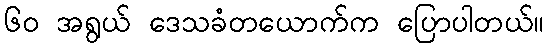
၆၀ အရွယ် ဒေသခံတယောက်က ပြောပါတယ်။